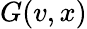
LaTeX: G(v,x)